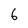
Character: 6